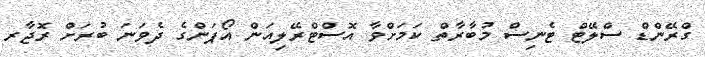
ގްރޭންޑް ސްލޭޓް ޓެނިސް މުބާރާތް ކަމަށްވާ އޮސްޓްރޭލިއަން އޯޕަންގެ ދެވަނަ ބުރަށް ރޮޖާރ